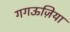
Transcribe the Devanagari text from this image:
गगऊज़िया